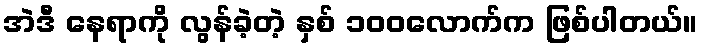
အဲဒီ နေရာကို လွန်ခဲ့တဲ့ နှစ် ၁၀၀လောက်က ဖြစ်ပါတယ်။